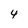
Character: 4